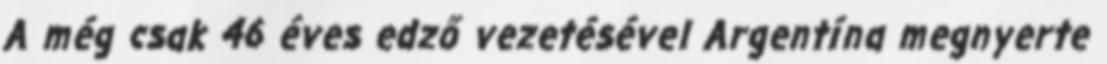
A még csak 46 éves edző vezetésével Argentína megnyerte